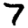
Digit: 7